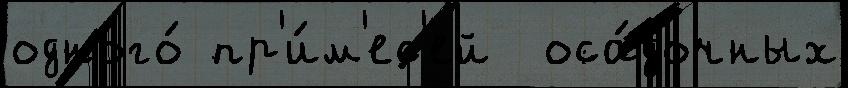
одного́ пр'и́м'ес'ей  оса́дочных